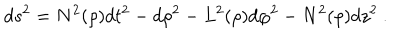
LaTeX: d s ^ { 2 } = N ^ { 2 } ( \rho ) d t ^ { 2 } - d \rho ^ { 2 } - L ^ { 2 } ( \rho ) d \varphi ^ { 2 } - N ^ { 2 } ( \rho ) d z ^ { 2 } \ .